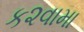
ક૨વામા